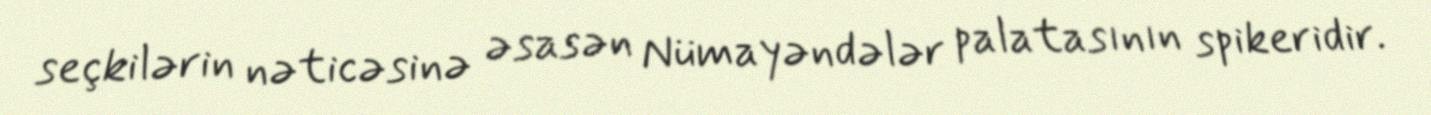
seçkilərin nəticəsinə əsasən Nümayəndələr palatasının spikeridir.